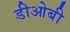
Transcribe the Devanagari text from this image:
डीओबी